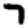
Digit: 7